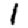
Digit: 1